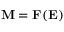
\mathbf { M } = \mathbf { F } ( \mathbf { E } )